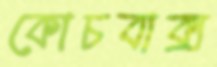
কোচবাক্স